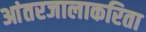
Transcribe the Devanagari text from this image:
आंतरजालाकरिता